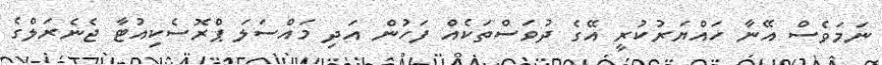
ނަމަވެސް އޭނާ ހައްޔަރުކުރީ އޭގެ ދުވަސްތަކެއް ފަހުން އަދި މައްސަލަ ޕްރޮސެކިއުޓާ ޖެނެރަލްގެ